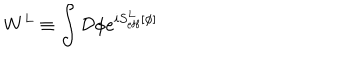
LaTeX: W ^ { L } \equiv \int { \cal D } \phi e ^ { i S _ { \mathrm { e f f } } ^ { L } [ \phi ] }